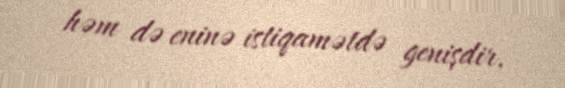
həm də eninə istiqamətdə genişdir.